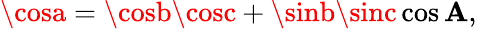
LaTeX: \cosa=\cosb\cosc+\sinb\sinc\cos\mathbf{A},